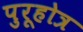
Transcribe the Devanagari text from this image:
पुरूहोत्र